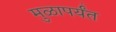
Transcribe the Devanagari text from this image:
मुळापर्यंत